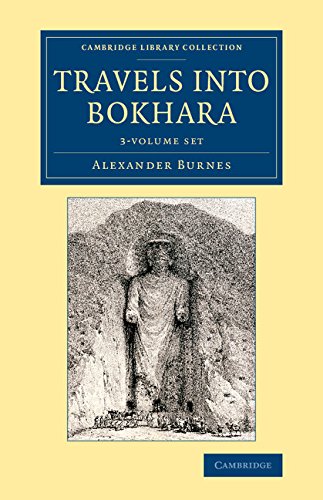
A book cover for Travels into Bokhara 3 Volume Set: Being the Account of a Journey from India to Cabool, Tartary and Persia; Also, Narrative of a Voyage on the Indus, ... Collection - Travel and Exploration in Asia); Alexander Burnes; Travel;